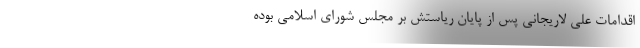
اقدامات علی لاریجانی پس از پایان ریاستش بر مجلس شورای اسلامی بوده